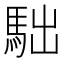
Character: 𩢎